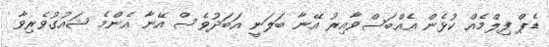
ޑެޕް ފިލްމެއް ކުޅެން އެއްބަސްވާއިރު އޭނާ ބަލަނީ އަބަދުވެސް އޭނާ އެންމެ ޝައުގުވެރިވާ